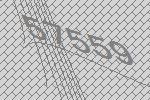
57559